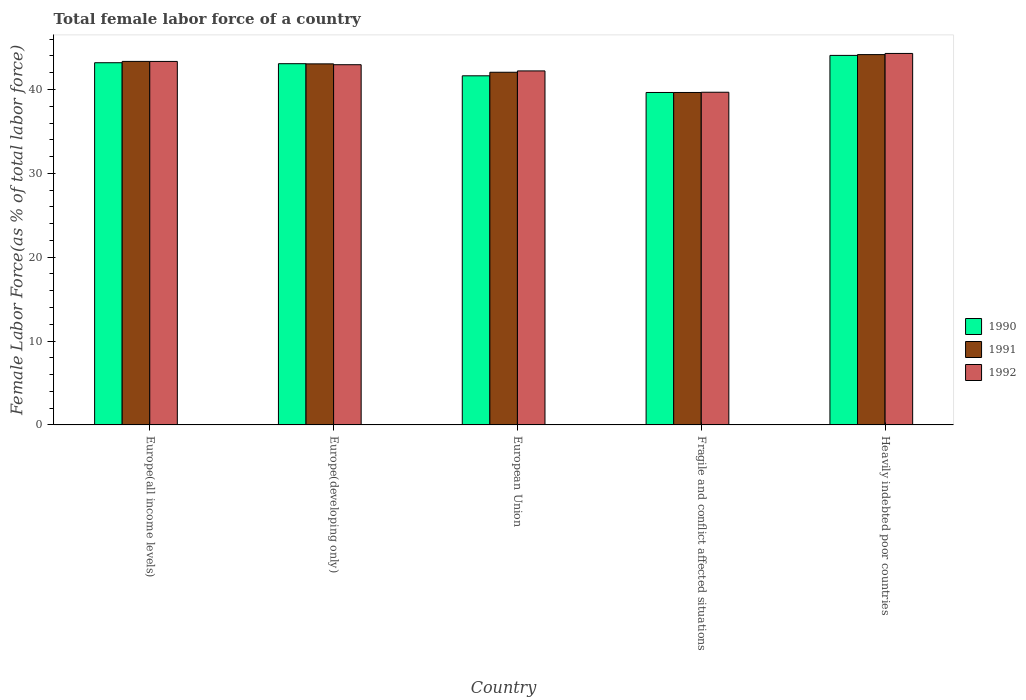
| Country | 1990 | 1991 | 1992 |
 | --- | --- | --- | --- |
 | Europe(all income levels) | 43.2 | 43.4 | 43.3 |
 | Europe(developing only) | 43.1 | 43.1 | 43 |
 | European Union | 41.6 | 42.1 | 42.2 |
 | Fragile and conflict affected situations | 39.6 | 39.6 | 39.7 |
 | Heavily indebted poor countries | 44.1 | 44.2 | 44.3 |